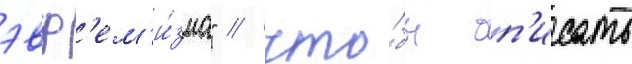
эвф'ем'и́зма" / что́бы оп'исать